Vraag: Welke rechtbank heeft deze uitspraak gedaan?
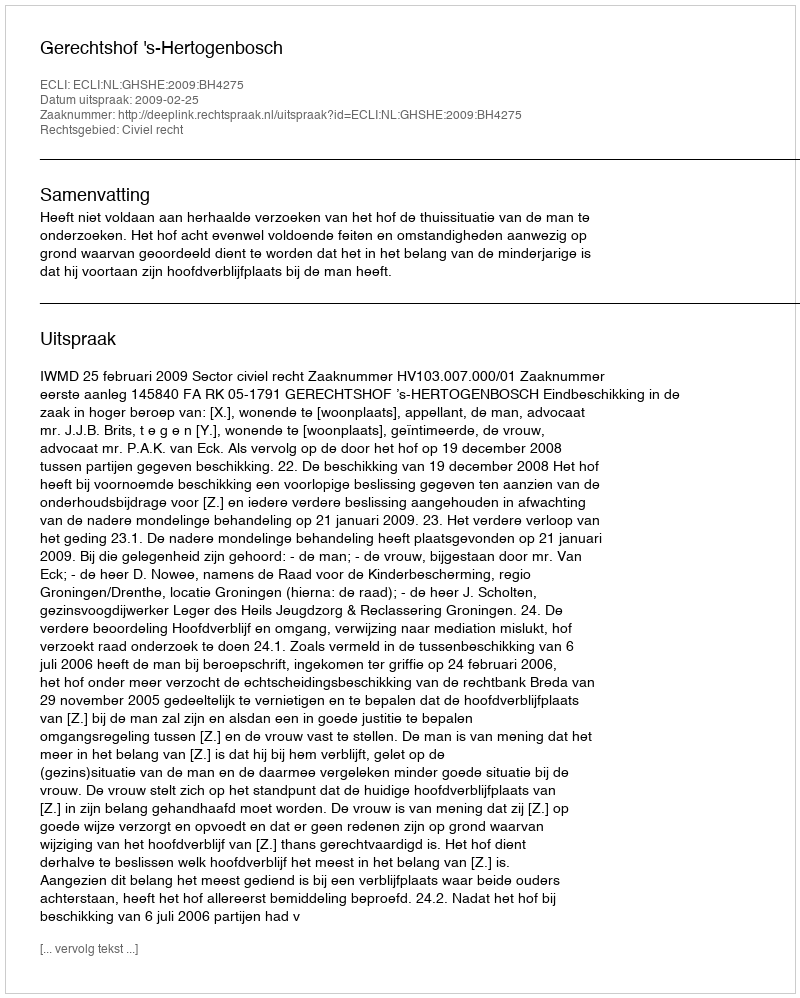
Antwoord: Gerechtshof 's-Hertogenbosch